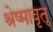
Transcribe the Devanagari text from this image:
श्रेष्मावृतू